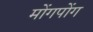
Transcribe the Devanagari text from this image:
मोंगपोंग